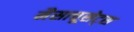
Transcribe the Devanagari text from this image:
मैसाचूसेट्स